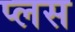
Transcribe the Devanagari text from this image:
प्‍लस